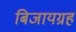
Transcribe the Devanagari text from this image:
बिजायग्रह